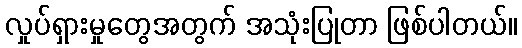
လှုပ်ရှားမှုတွေအတွက် အသုံးပြုတာ ဖြစ်ပါတယ်။